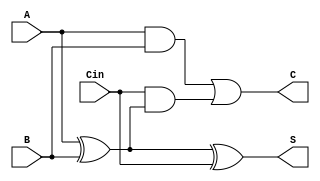
module basic_csa (
    input [3:0] A,
    input [3:0] B,
    input [3:0] Cin,
    output [3:0] S,
    output [3:0] C
);
    assign S = A ^ B ^ Cin; // Sum
    assign C = (A & B) | (Cin & (A ^ B)); // Carry
endmodule